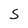
Character: S